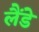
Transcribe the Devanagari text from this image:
लैंडे